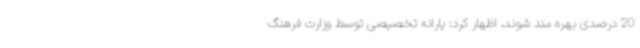
20 درصدی بهره مند شوند، اظهار کرد: یارانه تخصیصی توسط وزارت فرهنگ